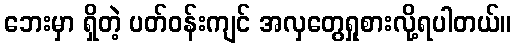
ဘေးမှာ ရှိတဲ့ ပတ်ဝန်းကျင် အလှတွေရှုစားလို့ရပါတယ်။